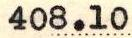
408.10